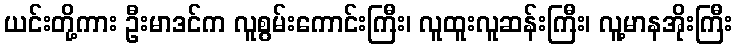
ယင်းတို့ကား ဦးမာဒင်က လူစွမ်းကောင်းကြီး၊ လူထူးလူဆန်းကြီး၊ လူ့မာနအိုးကြီး